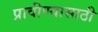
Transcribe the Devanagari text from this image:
प्रावीण्यासाठी